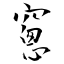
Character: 窻